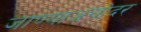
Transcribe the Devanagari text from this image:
जाण्याअगोदर